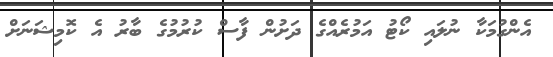
އެންގުމަކާ ނުލައި ކޯޓު އަމުރެއްގެ ދަށުން ފާސް ކުރުމުގެ ބާރު އެ ކޮމިޝަނަށް